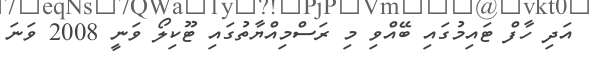
އަދި ހާފް ޓައިމުގައި ބޭއްވި މި ރަސްމިއްޔާތުގައި ޓޫކިލޯ ވަނީ 2008 ވަނަ